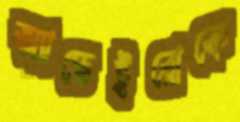
অ্যাভেইরোকে